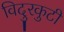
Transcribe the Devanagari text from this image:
विदुरकुटी